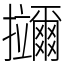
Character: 鿜